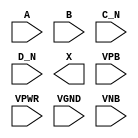
/**
 * Copyright 2020 The SkyWater PDK Authors
 *
 * Licensed under the Apache License, Version 2.0 (the "License");
 * you may not use this file except in compliance with the License.
 * You may obtain a copy of the License at
 *
 *     https://www.apache.org/licenses/LICENSE-2.0
 *
 * Unless required by applicable law or agreed to in writing, software
 * distributed under the License is distributed on an "AS IS" BASIS,
 * WITHOUT WARRANTIES OR CONDITIONS OF ANY KIND, either express or implied.
 * See the License for the specific language governing permissions and
 * limitations under the License.
 *
 * SPDX-License-Identifier: Apache-2.0
 */

`ifndef SKY130_FD_SC_LP__OR4BB_PP_SYMBOL_V
`define SKY130_FD_SC_LP__OR4BB_PP_SYMBOL_V

/**
 * or4bb: 4-input OR, first two inputs inverted.
 *
 * Verilog stub (with power pins) for graphical symbol definition
 * generation.
 *
 * WARNING: This file is autogenerated, do not modify directly!
 */

`timescale 1ns / 1ps
`default_nettype none

(* blackbox *)
module sky130_fd_sc_lp__or4bb (
    //# {{data|Data Signals}}
    input  A   ,
    input  B   ,
    input  C_N ,
    input  D_N ,
    output X   ,

    //# {{power|Power}}
    input  VPB ,
    input  VPWR,
    input  VGND,
    input  VNB
);
endmodule

`default_nettype wire
`endif  // SKY130_FD_SC_LP__OR4BB_PP_SYMBOL_V